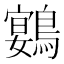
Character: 𮭍